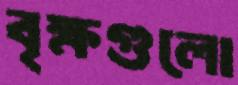
বৃক্ষগুলো